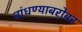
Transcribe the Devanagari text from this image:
बांधण्याबरोबर